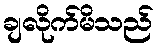
ချလိုက်မိသည်